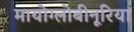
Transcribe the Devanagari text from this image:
मायोग्लोबीनूरिया